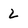
Character: 2